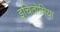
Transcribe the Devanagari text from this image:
इचितोमिया